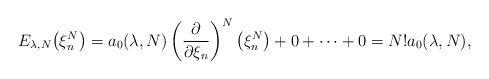
LaTeX: \begin{gather*}E_{\lambda, N}\big( \xi_n^N \big)= a_0(\lambda, N) \left(\frac{\partial}{\partial \xi_n}\right)^N \big(\xi_n^N\big)+0+\dots +0= N! a_0(\lambda, N),\end{gather*}